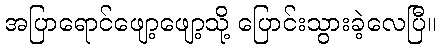
အပြာရောင်ဖျော့ဖျော့သို့ ပြောင်းသွားခဲ့လေပြီ။